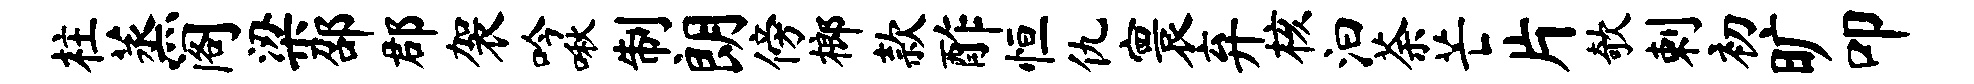
柱蒸阁梁邵郡袈吟啾制朗傍榔款酢恒仇寰弃核汩荼芒片欹剌初旷叩